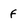
Character: f